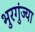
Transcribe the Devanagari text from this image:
भुरगुंज्या